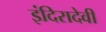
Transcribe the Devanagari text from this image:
इंदिरादेवी